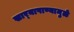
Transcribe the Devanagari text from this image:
खार्‍यापाण्यामुळे